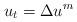
LaTeX: \begin{align*}u_t=\Delta u^m\end{align*}